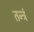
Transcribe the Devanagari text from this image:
तन्त्रं